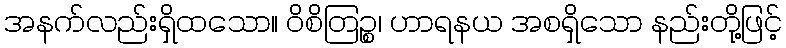
အနက်လည်းရှိထသော။ ဝိစိတြဉ္စ၊ ဟာရနယ အစရှိသော နည်းတို့ဖြင့်